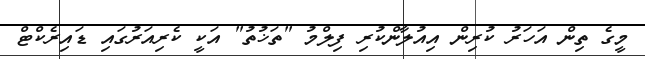
މީގެ ތިން އަހަރު ކުރިން އިއުލާންކުރި ފިލްމު "ތަޚުތު" އަކީ ކެރިއަރުގައި ޑައިރެކްޓް